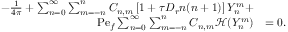
\begin{array} { r l } { - \frac { 1 } { 4 \pi } + \sum _ { n = 0 } ^ { \infty } \sum _ { m = - n } ^ { n } C _ { n , m } \left[ 1 + \tau D _ { r } n ( n + 1 ) \right] Y _ { n } ^ { m } + } & { } \\ { \mathrm { P e } _ { f } \sum _ { n = 0 } ^ { \infty } \sum _ { m = - n } ^ { n } C _ { n , m } \mathcal { H } ( Y _ { n } ^ { m } ) } & { = 0 . } \end{array}